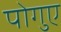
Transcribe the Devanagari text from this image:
पोगुए